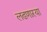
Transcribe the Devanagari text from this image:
लढणाऱया